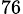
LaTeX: _{76}